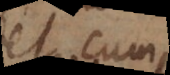
et cum